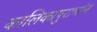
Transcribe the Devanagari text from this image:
कालिकापुराणांन